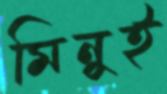
মিনুই